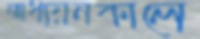
অধ্যয়নকালে